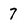
Character: 7